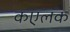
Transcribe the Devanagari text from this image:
कएलक